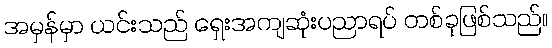
အမှန်မှာ ယင်းသည် ရှေးအကျဆုံးပညာရပ် တစ်ခုဖြစ်သည်။